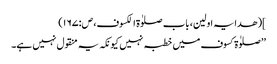
](ھدایہ اولین، باب صلوٰۃ الکسوف، ص:۱۶۷)
’’صلوٰۃ کسوف میں خطبہ نہیں کیونکہ یہ منقول نہیں ہے۔